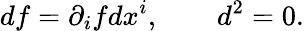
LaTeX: df=\partial_{i}fdx^{i},\qquad d^{2}=0.